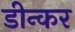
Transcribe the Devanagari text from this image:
डीन्कर